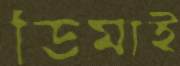
ডিমাই